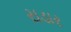
રાડાર